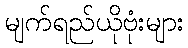
မျက်ရည်ယိုဗုံးများ